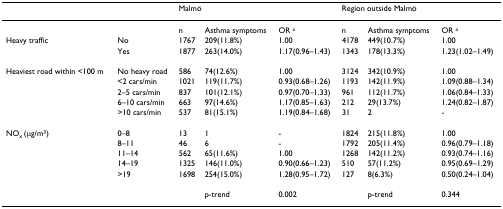
|  |  | <COLSPAN=3> Malmö | <COLSPAN=3> Region outside Malmö |
 | --- | --- | --- | --- | --- | --- | --- | --- |
 |  |  | n | Asthma symptoms | OR a | n | Asthma symptoms | OR a |
 | Heavy traffic | No | 1767 | 209(11.8%) | 1.00 | 4178 | 449(10.7%) | 1.00 |
 |  | Yes | 1877 | 263(14.0%) | 1.17(0.96–1.43) | 1343 | 178(13.3%) | 1.23(1.02–1.49) |
 | Heaviest road within <100 m | No heavy road | 586 | 74(12.6%) | 1.00 | 3124 | 342(10.9%) | 1.00 |
 |  | <2 cars/min | 1021 | 119(11.7%) | 0.93(0.68–1.26) | 1193 | 142(11.9%) | 1.09(0.88–1.34) |
 |  | 2–5 cars/min | 837 | 101(12.1%) | 0.97(0.70–1.33) | 961 | 112(11.7%) | 1.06(0.84–1.33) |
 |  | 6–10 cars/min | 663 | 97(14.6%) | 1.17(0.85–1.63) | 212 | 29(13.7%) | 1.24(0.82–1.87) |
 |  | >10 cars/min | 537 | 81(15.1%) | 1.19(0.84–1.68) | 31 | 2 | - |
 | NOx (μg/m3) | 0–8 | 13 | 1 | - | 1824 | 215(11.8%) | 1.00 |
 |  | 8–11 | 46 | 6 | - | 1792 | 205(11.4%) | 0.96(0.79–1.18) |
 |  | 11–14 | 562 | 65(11.6%) | 1.00 | 1268 | 142(11.2%) | 0.93(0.74–1.16) |
 |  | 14–19 | 1325 | 146(11.0%) | 0.90(0.66–1.23) | 510 | 57(11.2%) | 0.95(0.69–1.29) |
 |  | >19 | 1698 | 254(15.0%) | 1.28(0.95–1.72) | 127 | 8(6.3%) | 0.50(0.24–1.04) |
 |  |  |  | p-trend | 0.002 |  | p-trend | 0.344 |